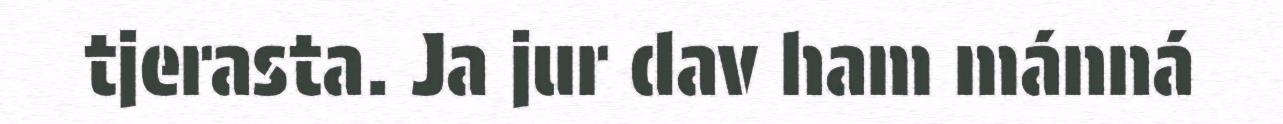
tjerasta. Ja jur dav ham mánná